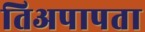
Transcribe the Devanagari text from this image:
तिअपापता